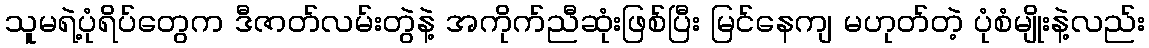
သူမရဲ့ပုံရိပ်တွေက ဒီဇာတ်လမ်းတွဲနဲ့ အကိုက်ညီဆုံးဖြစ်ပြီး မြင်နေကျ မဟုတ်တဲ့ ပုံစံမျိုးနဲ့လည်း